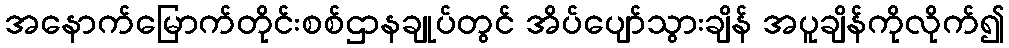
အနောက်မြောက်တိုင်းစစ်ဌာနချုပ်တွင် အိပ်ပျော်သွားချိန် အပူချိန်ကိုလိုက်၍